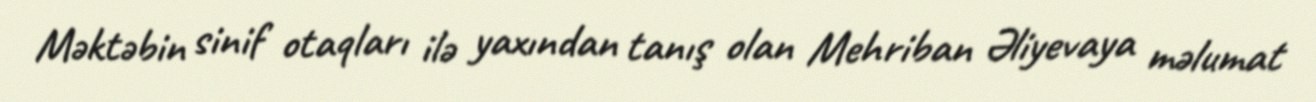
Məktəbin sinif otaqları ilə yaxından tanış olan Mehriban Əliyevaya məlumat